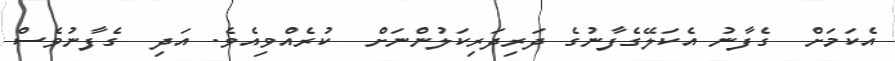
އެކަމަށް  ގެފާނު އެކަލޭގެފާނުގެ ދަރިދަރިކަލުންނަށް  ކުރެއްވިއެވެ. އަދި  ގެފާނުވެސް